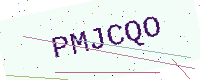
Text: PMJCQO